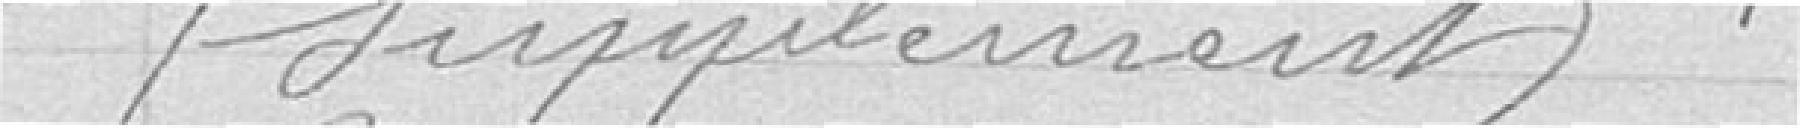
(supplément)